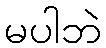
မပါဘဲ